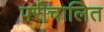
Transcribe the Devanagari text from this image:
परीचालित